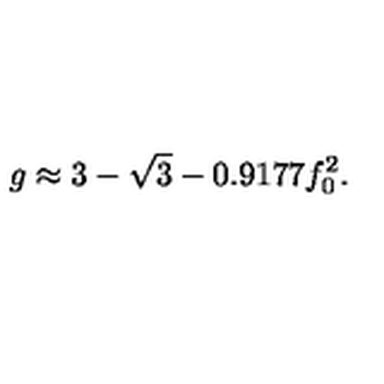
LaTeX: g \approx 3 - \sqrt 3 - 0 . 9 1 7 7 f _ { 0 } ^ { 2 } .